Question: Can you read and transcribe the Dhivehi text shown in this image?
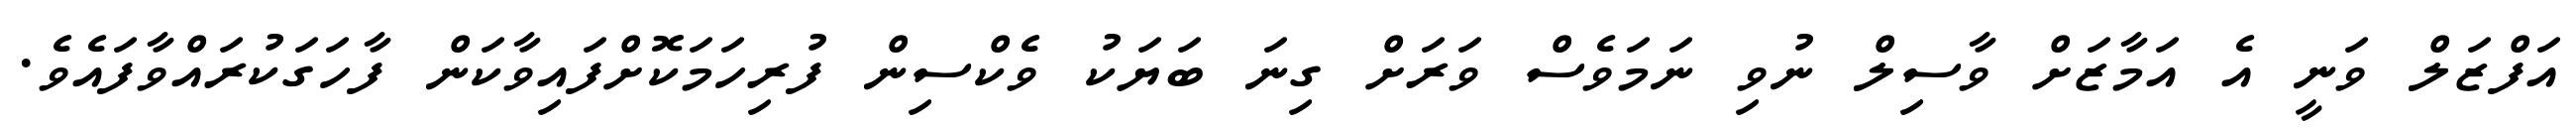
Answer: އަފްޒަލް ވަނީ އެ އަމާޒަށް ވާސިލް ނުވި ނަމަވެސް ވަރަށް ގިނަ ބަޔަކު ވެކްސިން ފުރިހަމަކޮށްފައިވާކަން ފާހަގަކުރައްވާފައެވެ.